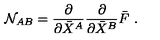
{ \cal N } _ { A B } = \frac { \partial } { \partial \bar { X } ^ { A } } \frac { \partial } { \partial \bar { X } ^ { B } } \bar { F } \ .